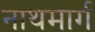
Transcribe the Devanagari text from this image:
नाथमार्ग